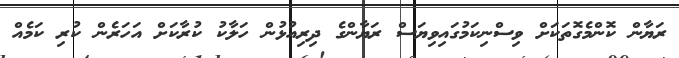
ރަޔާން ކޮންމެގޮތަކަށް ވިސްނިކަމުގައިވިޔަސް ރަޔާންގެ ދިރިއުޅުން ހަލާކު ކުރާކަށް އަހަރެން ކުރި ކަމެއް